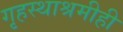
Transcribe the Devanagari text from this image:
गृहस्थाश्रमीही